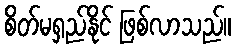
စိတ်မရှည်နိုင် ဖြစ်လာသည်။